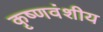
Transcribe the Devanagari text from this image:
कृष्णवंशीय